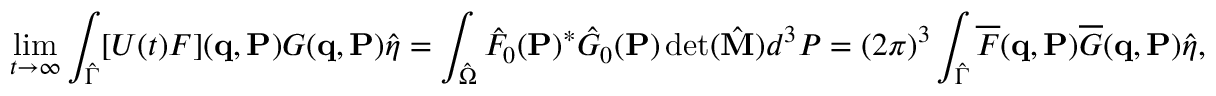
\operatorname* { l i m } _ { t \to \infty } \int _ { \hat { \Gamma } } [ U ( t ) F ] ( { \bf { q } } , { \bf { P } } ) G ( { \bf { q } } , { \bf { P } } ) \hat { \eta } = \int _ { \hat { \Omega } } \hat { F } _ { 0 } ( { \bf { P } } ) ^ { * } \hat { G } _ { 0 } ( { \bf { P } } ) \operatorname* { d e t } ( \hat { \bf M } ) d ^ { 3 } P = ( 2 \pi ) ^ { 3 } \int _ { \hat { \Gamma } } \overline { { F } } ( { \bf { q } } , { \bf { P } } ) \overline { { G } } ( { \bf { q } } , { \bf { P } } ) \hat { \eta } ,